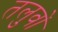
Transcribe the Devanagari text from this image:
तलुवों